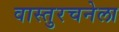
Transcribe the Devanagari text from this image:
वास्तुरचनेला